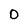
Character: 0